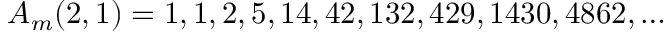
A _ { m } ( 2 , 1 ) = 1 , 1 , 2 , 5 , 1 4 , 4 2 , 1 3 2 , 4 2 9 , 1 4 3 0 , 4 8 6 2 , \ldots